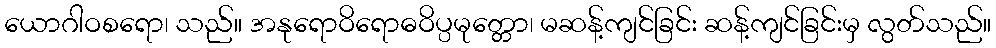
ယောဂါဝစရော၊ သည်။ အနုရောဝိရောဓဝိပ္ပမုတ္တော၊ မဆန့်ကျင်ခြင်း ဆန့်ကျင်ခြင်းမှ လွတ်သည်။